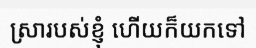
ស្រារបស់ខ្ញុំ ហើយក៏យកទៅ